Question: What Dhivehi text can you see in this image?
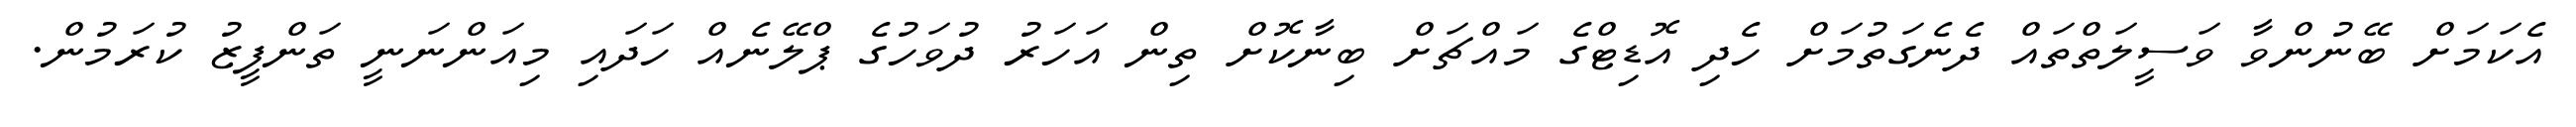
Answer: އެކަމަށް ބޭނުންވާ ވަސީލަތްތައް ދެނެގަތުމަށް ހެދި އޮޑިޓްގެ މައްޗަށް ބިނާކޮށް ތިން އަހަރު ދުވަހުގެ ޕްލޭނެއް ހަދައި މިއަންނަނީ ތަންފީޒު ކުރަމުން.